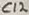
Text: C12